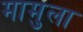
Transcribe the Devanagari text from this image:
मामुला